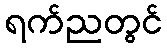
ရက်ညတွင်